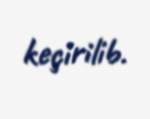
keçirilib.